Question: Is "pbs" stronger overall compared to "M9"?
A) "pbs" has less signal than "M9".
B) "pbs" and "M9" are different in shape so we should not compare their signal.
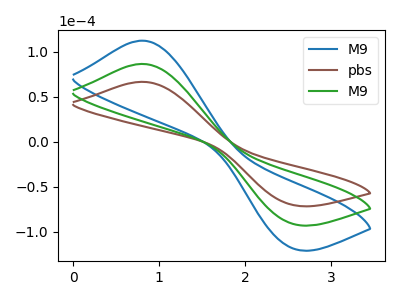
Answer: <think>The blue curve "M9" has an anodic peak at (0.80V, 173.25uA) and a cathodic peak at (2.55V, -182.25uA). The brown curve "pbs" has an anodic peak at (0.80V, 66.70uA) and a cathodic peak at (2.55V, -70.15uA). The green curve "M9" has an anodic peak at (0.80V, 86.65uA) and a cathodic peak at (2.55V, -91.10uA).
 All the peaks in "pbs" have a peak in "M9" at the same potential. Every peak in "pbs" is lower than every peak in "M9".</think>
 <answer>A) "pbs" has less signal than "M9".</answer>
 <eval>A</eval>